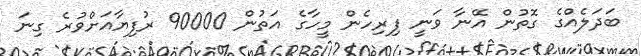
ބަދަލެއްގެ ގޮތުން އޭނާ ވަނީ ފިރިހެން މީހާގެ އަތުން 90000 ރުފިޔާއަށްވުރެ ގިނަ